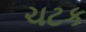
ચટક